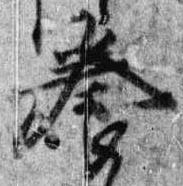
養